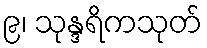
၉၊ သုန္ဒရိကသုတ်